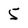
Character: 5